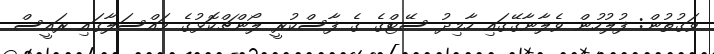
ވަގުތުން: ފުލުހުން ވެލާނާގޭގައި ހާމިދު ސޭޓްގެ ގެ ފާސްކުރީ ލޯންޗްކޮޅުގެ މައްސަލާގައި ރައީސް